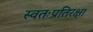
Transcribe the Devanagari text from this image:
स्वतःप्रतिरक्षा